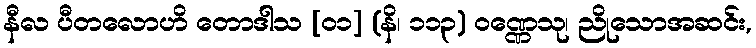
နီလ ပီတလောဟိ တောဒါသ [၀၁] (နိ၊ ၁၁၃) ဝဏ္ဏေသု၊ ညိုသောအဆင်း,